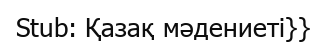
Stub: Қазақ мәдениеті}}